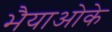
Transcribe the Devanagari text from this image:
भैयाओके